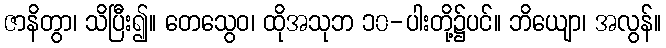
ဇာနိတွာ၊ သိပြီး၍။ တေသွေဝ၊ ထိုအသုဘ ၁၀-ပါးတို့၌ပင်။ ဘိယျော၊ အလွန်။